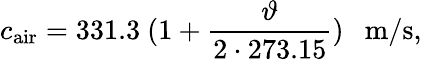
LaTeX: c_{\mathrm{air}}=331.3~(1+{\frac{\vartheta}{2\cdot 273.15}})~~~\mathrm{m/s},